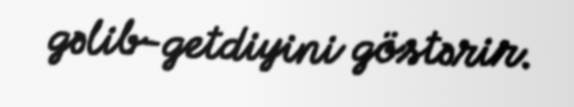
gəlib-getdiyini göstərir.